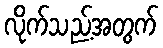
လိုက်သည့်အတွက်